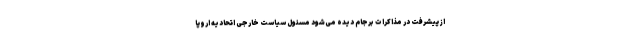
از پیشرفت در مذاکرات برجام دیده می‌شود مسئول سیاست خارجی اتحادیه اروپا